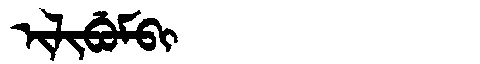
Manchu: ᡳᠯᡳᠪᡠᠮᠪᡳ
Romanization: ILIBUMBI